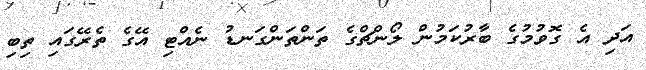
އަދި އެ ގޮވުމުގެ ބާރުކަމުން ލޯންޗްގެ ތަންތަންގަނޑު ނެއްޓި އޭގެ ތެރޭގައި ތިބި